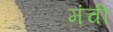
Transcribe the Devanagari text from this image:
मंची